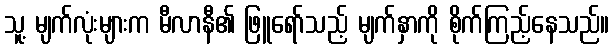
သူ့ မျက်လုံးများက မီလာနီ၏ ဖြူရော်သည့် မျက်နှာကို စိုက်ကြည့်နေသည်။